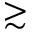
\gtrsim